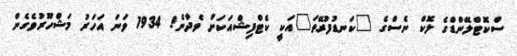
ސްކޮޓްލޭންޑްގެ ލޮކް ނެސްގެ "ކަނޑުފުރޭތަ"އަކީ ކެޓްފިޝްއަކަށް ވެދާނެ! 1934 ވަނަ އަހަރު މަޝްހޫރުވެގެން